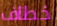
خطاف